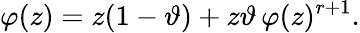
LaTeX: \varphi(z)=z(1-\vartheta)+z\vartheta\, \varphi(z)^{r+1}.